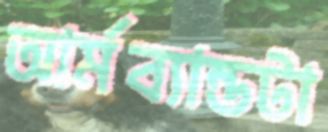
আর্মব্যান্ডটা